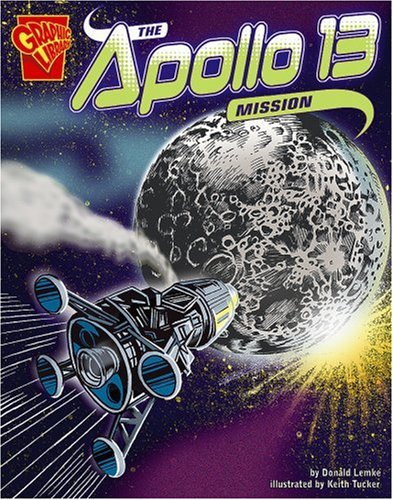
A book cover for The Apollo 13 Mission (Disasters in History); Donald B. Lemke; Children's Books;